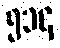
၅၁၄